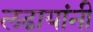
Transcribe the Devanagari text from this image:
लढायांनी